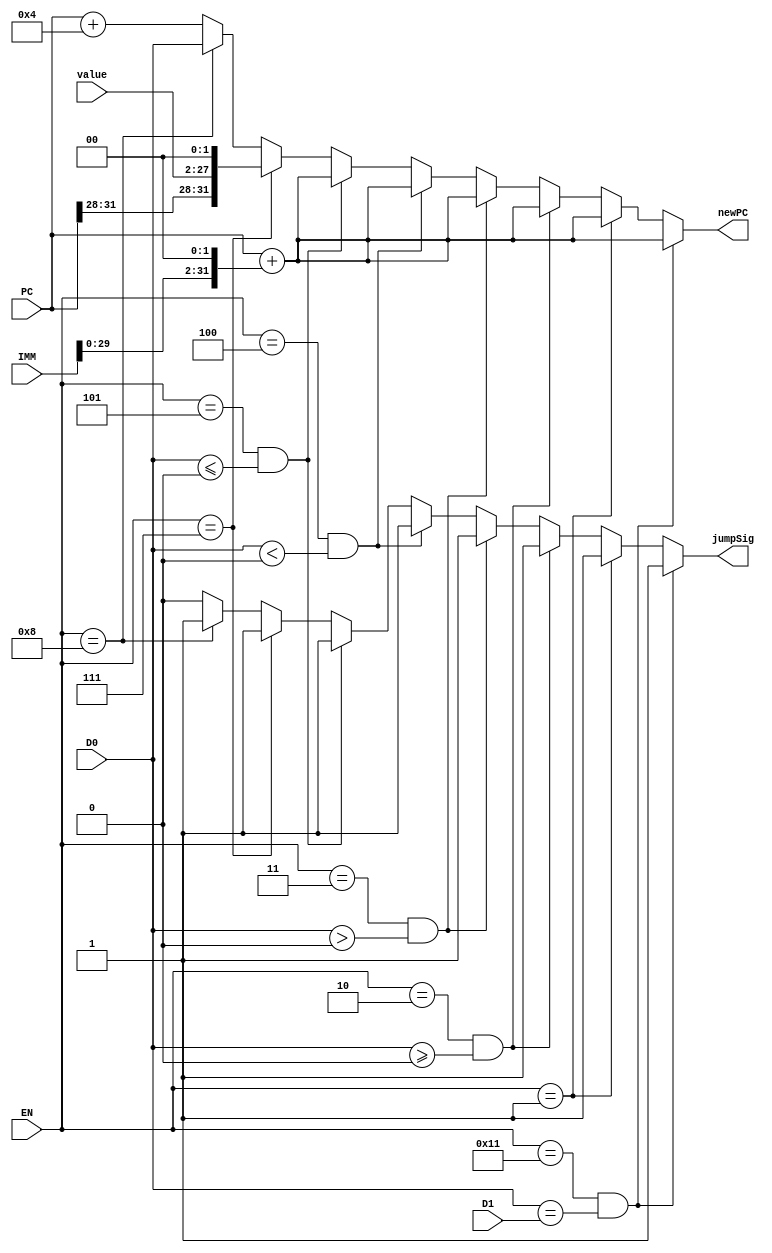
module BJComp(
	input [4:0]EN, //opcode/enable from control
	input signed [25:0]value, //[25:0] from instruction from FReg
	input signed [31:0]IMM,//from instruction from FReg
	input signed [31:0]D0,
	input signed [31:0]D1,
	input signed [31:0]PC, //PC from FReg
	output reg signed [31:0]newPC,
	output reg jumpSig);
	
	always @(*) begin
		if(EN==5'b10001 && D0==D1) begin //BEQ
			newPC<=PC+(IMM<<2);
			jumpSig<=1;
		end 
		else if(EN==5'b00001) begin //BAL
			newPC<=PC+(IMM<<2);
			jumpSig<=1;
		end
		else if((EN==5'b00010) && D0>=0) begin //BGEZ or BGEZAL
			newPC<=PC+(IMM<<2);
			jumpSig<=1;
		end
		else if((EN==5'b00011) && D0>0) begin //BGTZ or BGTZAL
			newPC<=PC+(IMM<<2);
			jumpSig<=1;
		end
		else if((EN==5'b00100) && D0<0) begin //BLTZ or BLTZAL
			newPC<=PC+(IMM<<2);
			jumpSig<=1;
		end
		else if((EN==5'b00101) && D0<=0) begin //BLEZ or BLEZAL
			newPC<=PC+(IMM<<2);
			jumpSig<=1;
		end
		else if((EN==5'b00111)) begin //J or JAL
			newPC<={PC[31:28],value,2'b00};
			jumpSig<=1;
		end
		else if(EN==5'b01000) begin //JR or JALR
			newPC<=D0;
			jumpSig<=1;
		end
		else begin //not a jump
			newPC<=PC+4;
			jumpSig<=0;
		end
	end
	
endmodule